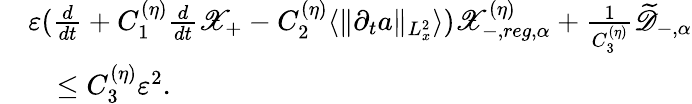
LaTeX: \begin{array}{rl}&{\varepsilon(\frac{d}{dt}+C_{1}^{(\eta)}\frac{d}{dt}\mathscr X_{+}-C_{2}^{(\eta)}\langle\| \partial_{t}a\| _{L_{x}^{2}}\rangle)\mathscr X_{-,reg,\alpha}^{(\eta)}+\frac{1}{C_{3}^{(\eta)}}\widetilde{\mathscr D}_{-,\alpha}}\\ &{\quad\leq C_{3}^{(\eta)}\varepsilon^{2}.}\end{array}